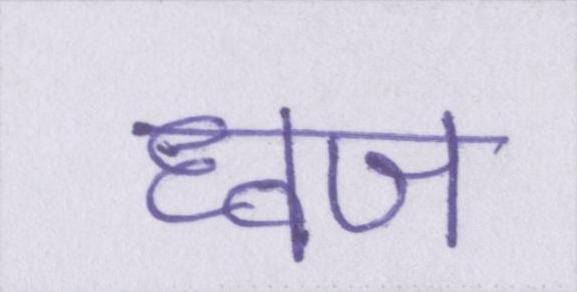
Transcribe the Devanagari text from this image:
ध्वज